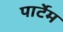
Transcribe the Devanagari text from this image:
पार्टेम